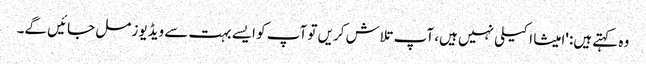
وہ کہتے ہیں: 'امیشا اکیلی نہیں ہیں، آپ تلاش کریں تو آپ کو ایسے بہت سے ویڈیوز مل جائیں گے۔